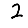
Digit: 2